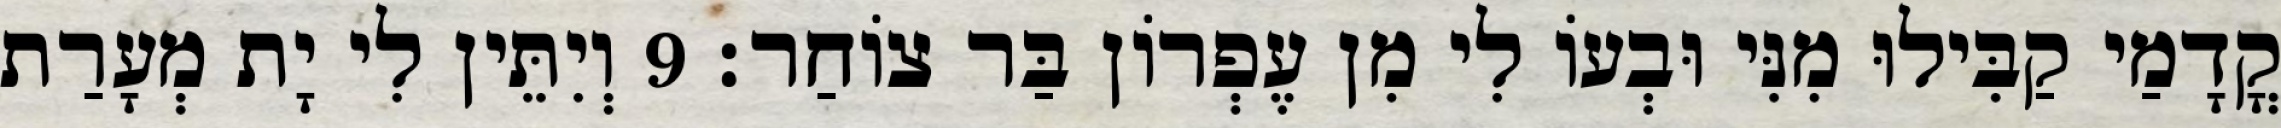
קֳדָמַי קַבִּילוּ מִנִּי וּבְעוֹ לִי מִן עֶפְרוֹן בַּר צוֹחַר׃ 9 וְיִתֵּין לִי יָת מְעָרַת